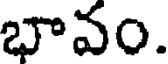
భావం.